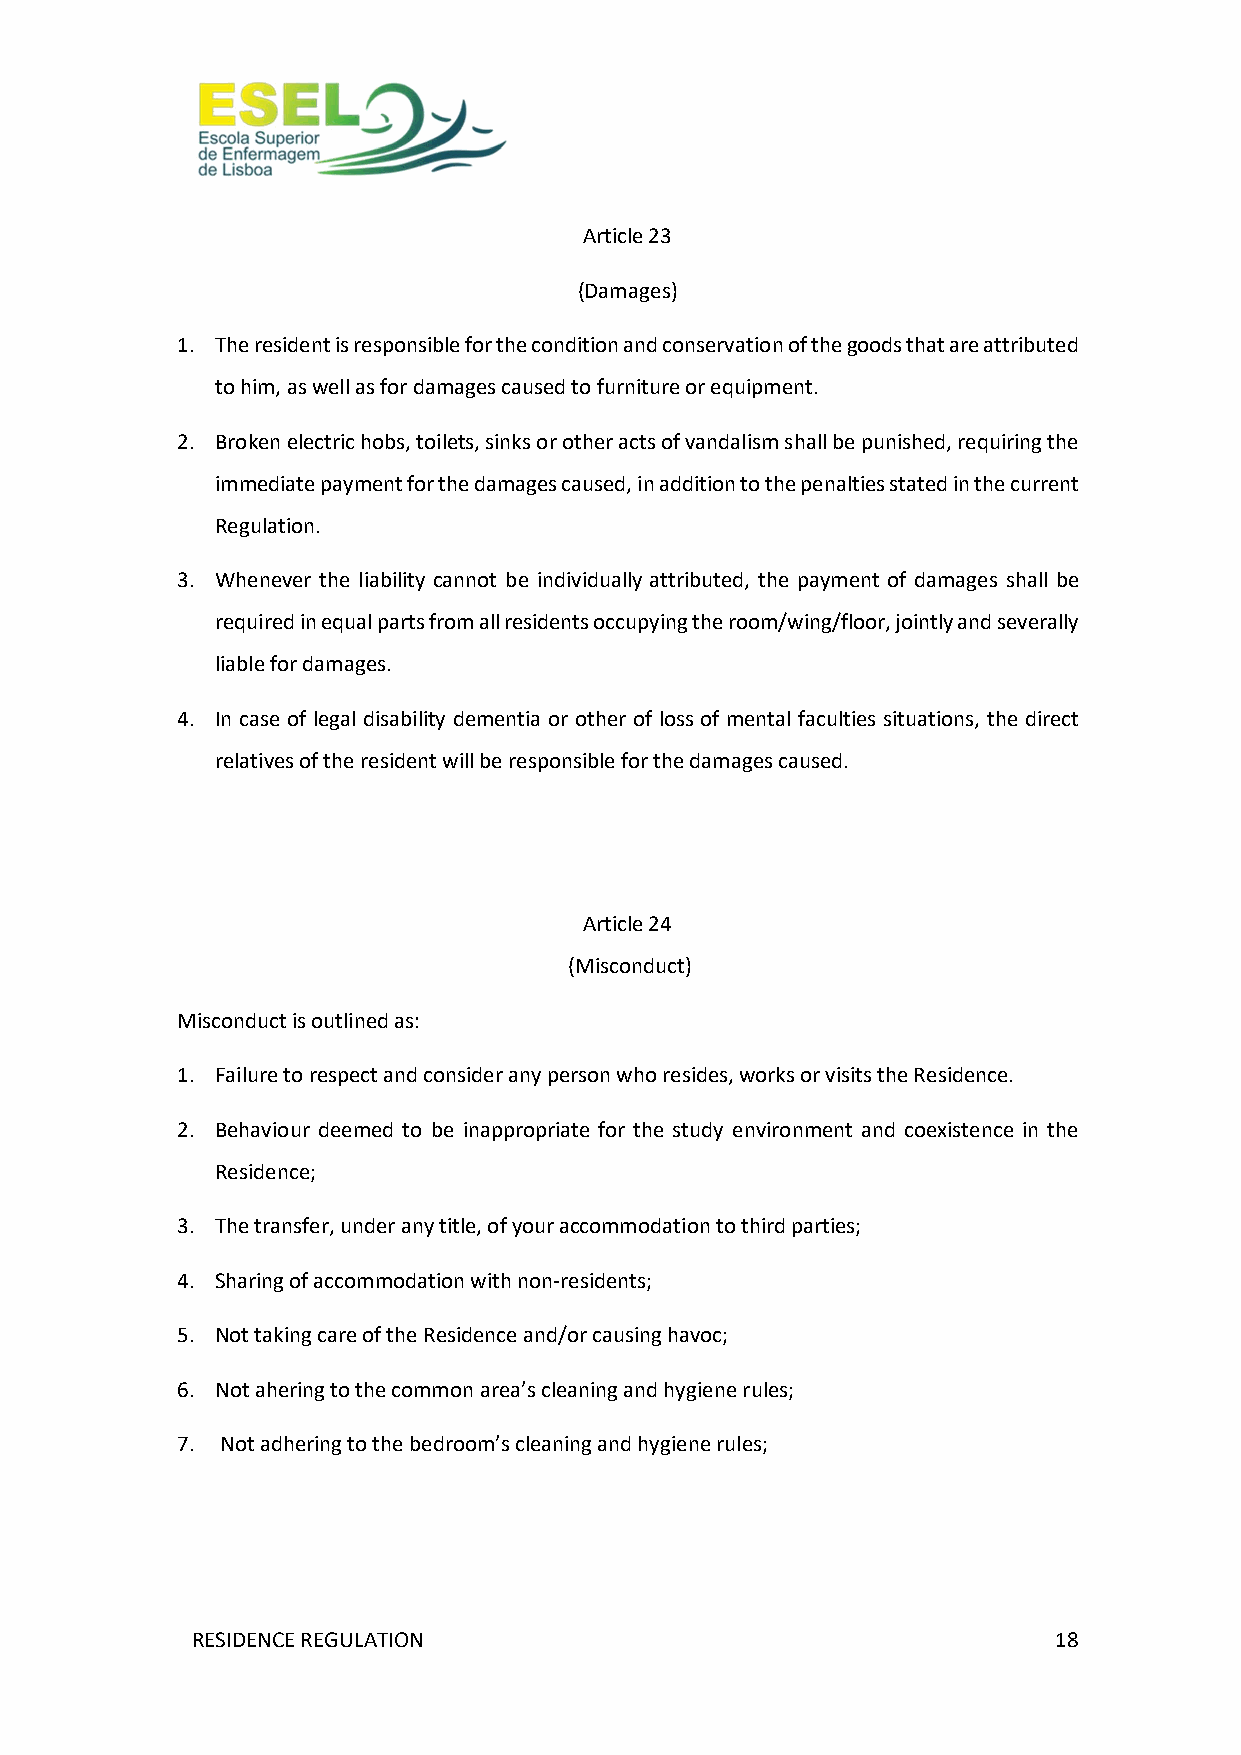
Article 23
 (Damages)
 1. The resident is responsible for the condition and conservation of the goods that are attributed
 to him, as well as for damages caused to furniture or equipment.
 2. Broken electric hobs, toilets, sinks or other acts of vandalism shall be punished, requiring the
 immediate payment for the damages caused, in addition to the penalties stated in the current
 Regulation.
 3. Whenever the liability cannot be individually attributed, the payment of damages shall be
 required in equal parts from all residents occupying the room/wing/floor, jointly and severally
 liable for damages.
 4. In case of legal disability dementia or other of loss of mental faculties situations, the direct
 relatives of the resident will be responsible for the damages caused.
 Article 24
 (Misconduct)
 Misconduct is outlined as:
 1. Failure to respect and consider any person who resides, works or visits the Residence.
 2. Behaviour deemed to be inappropriate for the study environment and coexistence in the
 Residence;
 3. The transfer, under any title, of your accommodation to third parties;
 4. Sharing of accommodation with non-residents;
 5. Not taking care of the Residence and/or causing havoc;
 6. Not ahering to the common area’s cleaning and hygiene rules;
 7. Not adhering to the bedroom’s cleaning and hygiene rules;
 RESIDENCE REGULATION                                     18